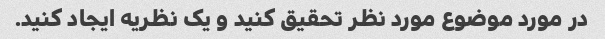
در مورد موضوع مورد نظر تحقیق کنید و یک نظریه ایجاد کنید.